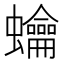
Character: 𧕋